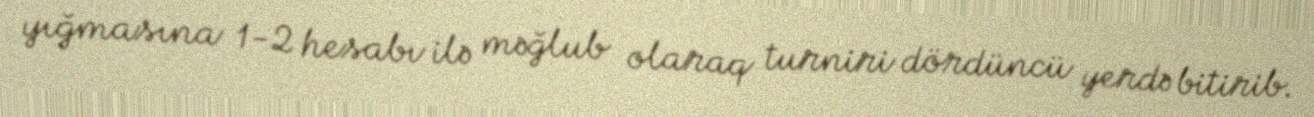
yığmasına 1-2 hesabı ilə məğlub olaraq turniri dördüncü yerdə bitirib.